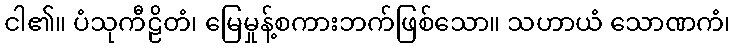
ငါ၏။ ပံသုကီဠိတံ၊ မြေမှုန့်စကားဘက်ဖြစ်သော။ သဟာယံ သောဏကံ၊